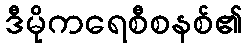
ဒီမိုကရေစီစနစ်၏